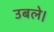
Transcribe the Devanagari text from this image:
उबले।